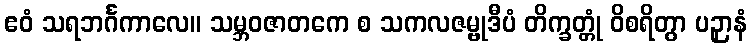
ဧဝံ သရဘင်္ဂကာလေ။ သမ္ဘဝဇာတကေ စ သကလဇမ္ဗုဒီပံ တိက္ခတ္တုံ ဝိစရိတွာ ပဉှာနံ